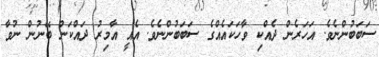
ސަބަބުންނެވެ. އަހަރެން ދެއްކި ވާހަކައެއްގެ ސަބަބުންނެވެ. އެއީ އާމިރު ދައްކަން ބޭނުން ނުވާ